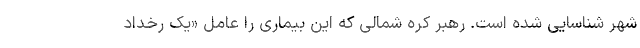
شهر شناسایی شده است. رهبر کره شمالی که این بیماری را عامل «یک رخداد